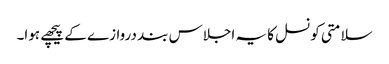
سلامتی کونسل کا یہ اجلاس بند دروازے کے پیچھے ہوا۔